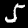
Digit: 5